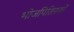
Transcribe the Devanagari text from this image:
भोजपितिनकों